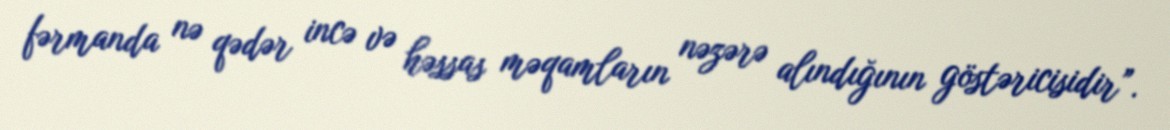
fərmanda nə qədər incə və həssas məqamların nəzərə alındığının göstəricisidir”.